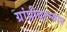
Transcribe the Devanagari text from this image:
ग्रांप्रीदरम्यान